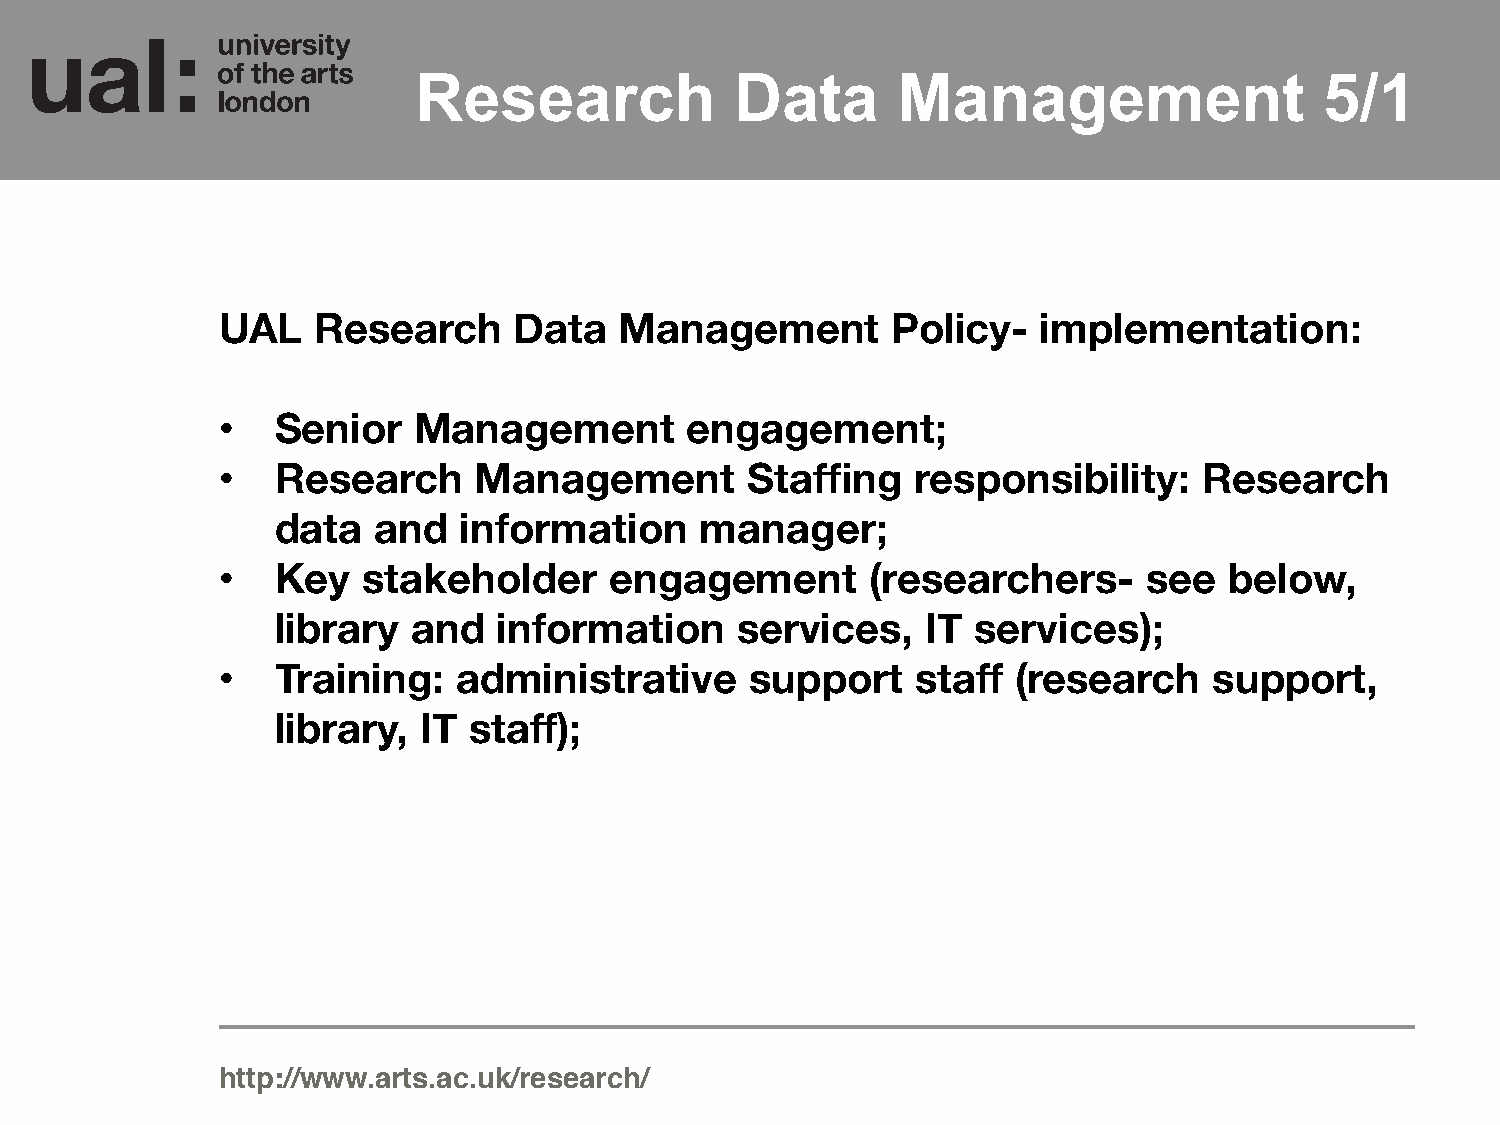
Research              Data      Management                   5/1
 UAL    Research     Data   Management        Policy-   implementation:
 •   Senior   Management        engagement;
 •   Research     Management        Staffing    responsibility:    Research
 data   and  information     manager;
 •   Key   stakeholder     engagement        (researchers-     see  below,
 library  and   information     services,   IT  services);
 •   Training:   administrative      support    staff (research    support,
 library,  IT staff);
 http://www.arts.ac.uk/research/!